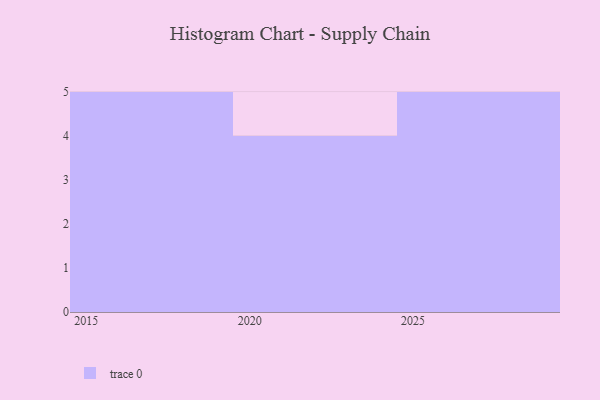
{"axis": {"x": "Year", "y": "Waste Production (Tons)"}, "legend": [""], "data": [{"x": "2019", "y": 53, "type": ""}, {"x": "2029", "y": 71, "type": ""}, {"x": "2028", "y": 23, "type": ""}, {"x": "2027", "y": 88, "type": ""}, {"x": "2017", "y": 2, "type": ""}, {"x": "2025", "y": 24, "type": ""}, {"x": "2015", "y": 31, "type": ""}, {"x": "2024", "y": 78, "type": ""}, {"x": "2016", "y": 36, "type": ""}, {"x": "2026", "y": 81, "type": ""}, {"x": "2023", "y": 18, "type": ""}, {"x": "2021", "y": 55, "type": ""}, {"x": "2022", "y": 67, "type": ""}, {"x": "2018", "y": 88, "type": ""}]}